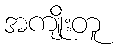
အကျိုးတူ